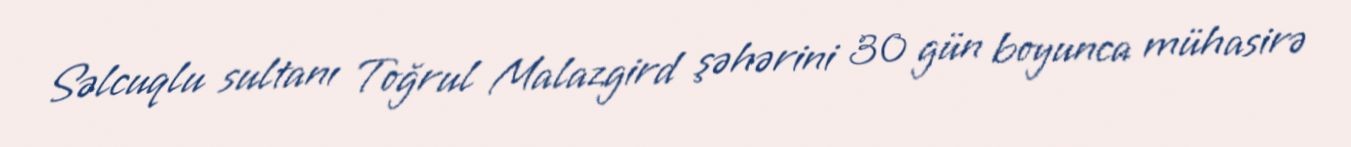
Səlcuqlu sultanı Toğrul Malazgird şəhərini 30 gün boyunca mühasirə